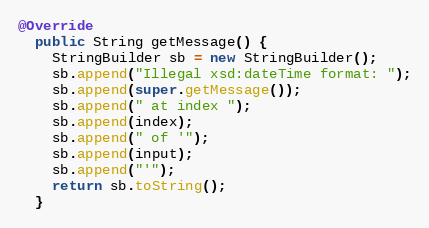
Language: Java
@Override
  public String getMessage() {
    StringBuilder sb = new StringBuilder();
    sb.append("Illegal xsd:dateTime format: ");
    sb.append(super.getMessage());
    sb.append(" at index ");
    sb.append(index);
    sb.append(" of '");
    sb.append(input);
    sb.append("'");
    return sb.toString();
  }